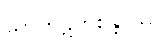
သာကဋိကစိန္တာယ